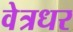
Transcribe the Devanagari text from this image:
वेत्रधर